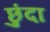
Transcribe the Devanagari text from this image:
छुंदा